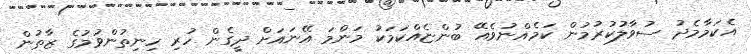
އެކަމާމެދު ސުވާލުކުރުމުން ކަމެއްނުވެއޭ ބުންޏެއްކަމަކު މަންމަ އޭނައަށް ދީގެން ހުރި ހިނިތުންވުމުގެ ޒާތުން